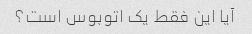
آیا این فقط یک اتوبوس است؟